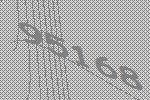
95168